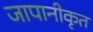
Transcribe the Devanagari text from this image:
जापानीकृत